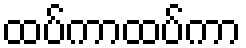
ထပ်ကာထပ်ကာ